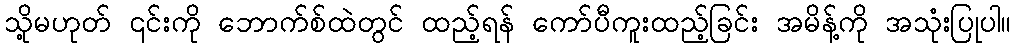
သို့မဟုတ် ၎င်းကို ဘောက်စ်ထဲတွင် ထည့်ရန် ကော်ပီကူးထည့်ခြင်း အမိန့်ကို အသုံးပြုပါ။